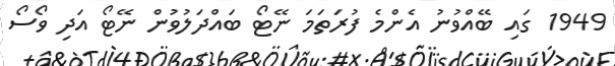
1949 ގައި ބޭއްވުނު އެންމެ ފުރަތަމަ ނޭޓޯ ބައްދަލުވުން ނޭޓޯ އަދި ވޯސޯ